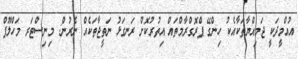
އުއްމީދަކީ ޖަމިއްޔާތަކާއެކު ހިންގޭ ޕްރޮގްރާމްތައް އިތުރުކޮށް ރަނގަޅު ނަތީޖާތަކެއް ނެރުން: މިނިސްޓަރ މަހްލޫފް